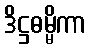
ဒိဋ္ဌဓမ္မိကာ